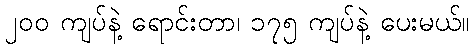
၂၀၀ ကျပ်နဲ့ ရောင်းတာ၊ ၁၇၅ ကျပ်နဲ့ ပေးမယ်။